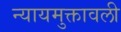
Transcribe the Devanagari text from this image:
न्यायमुक्तावली